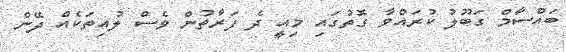
ބައްސާމް ގަބޫލު ކުރައްވާ ގޮތުގައި މިއީ ދެ ފަރާތުން ވެސް ލުއިތަކެއް ދޭން